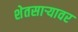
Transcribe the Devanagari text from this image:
शेतसाऱ्यावर